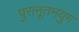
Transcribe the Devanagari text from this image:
पुरानूतनयुग